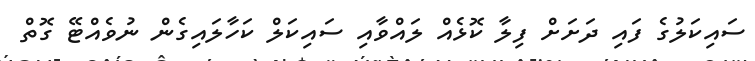
ސައިކަލުގެ ފައި ދަށަށް ފިލާ ކޮޅެއް ލައްވާއި ސައިކަލް ކަހާލައިގެން ނުވެއްޓޭ ގޮތް